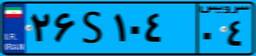
۲۶S۱۰۴۰۴